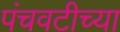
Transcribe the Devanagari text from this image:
पंचवटीच्या